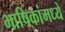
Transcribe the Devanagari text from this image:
भाषिकांमध्ये